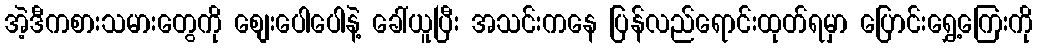
အဲ့ဒီကစားသမားတွေကို စျေးပေါပေါနဲ့ ခေါ်ယူပြီး အသင်းကနေ ပြန်လည်ရောင်းထုတ်ရမှာ ပြောင်းရွှေ့ကြေးကို